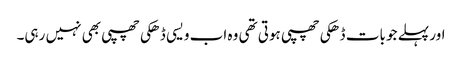
اور پہلے جو بات ڈھکی چھپی ہوتی تھی وہ اب ویسی ڈھکی چھپی بھی نہیں رہی۔